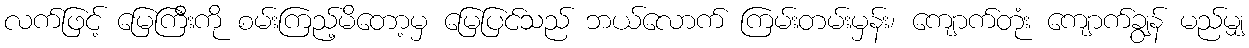
လက်ဖြင့် မြေကြီးကို စမ်းကြည့်မိတော့မှ မြေပြင်သည် ဘယ်လောက် ကြမ်းတမ်းမှန်း၊ ကျောက်တုံး ကျောက်ချွန် မည်မျှ